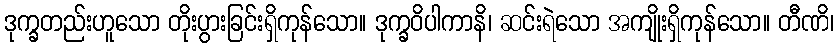
ဒုက္ခတည်းဟူသော တိုးပွားခြင်းရှိကုန်သော။ ဒုက္ခဝိပါကာနိ၊ ဆင်းရဲသော အကျိုးရှိကုန်သော။ တီဏိ၊